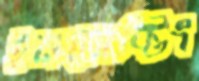
ইনজেক্টিং